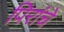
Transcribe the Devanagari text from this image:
पिरांचे